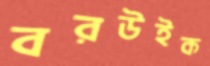
বরউইক